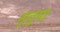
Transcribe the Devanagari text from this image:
मुत्तुया